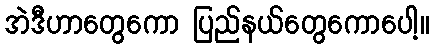
အဲဒီဟာတွေကော ပြည်နယ်တွေကောပေါ့။